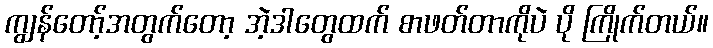
ကျွန်တော့်အတွက်တော့ အဲ့ဒါတွေထက် စာဖတ်တာကိုပဲ ပို ကြိုက်တယ်။